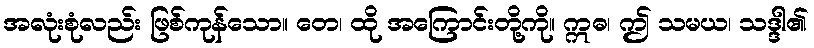
အလုံးစုံလည်း ဖြစ်ကုန်သော။ တေ၊ ထို အကြောင်းတို့ကို။ ဣဓ၊ ဤ သမယ၊ သဒ္ဒါ၏